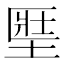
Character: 𡍱